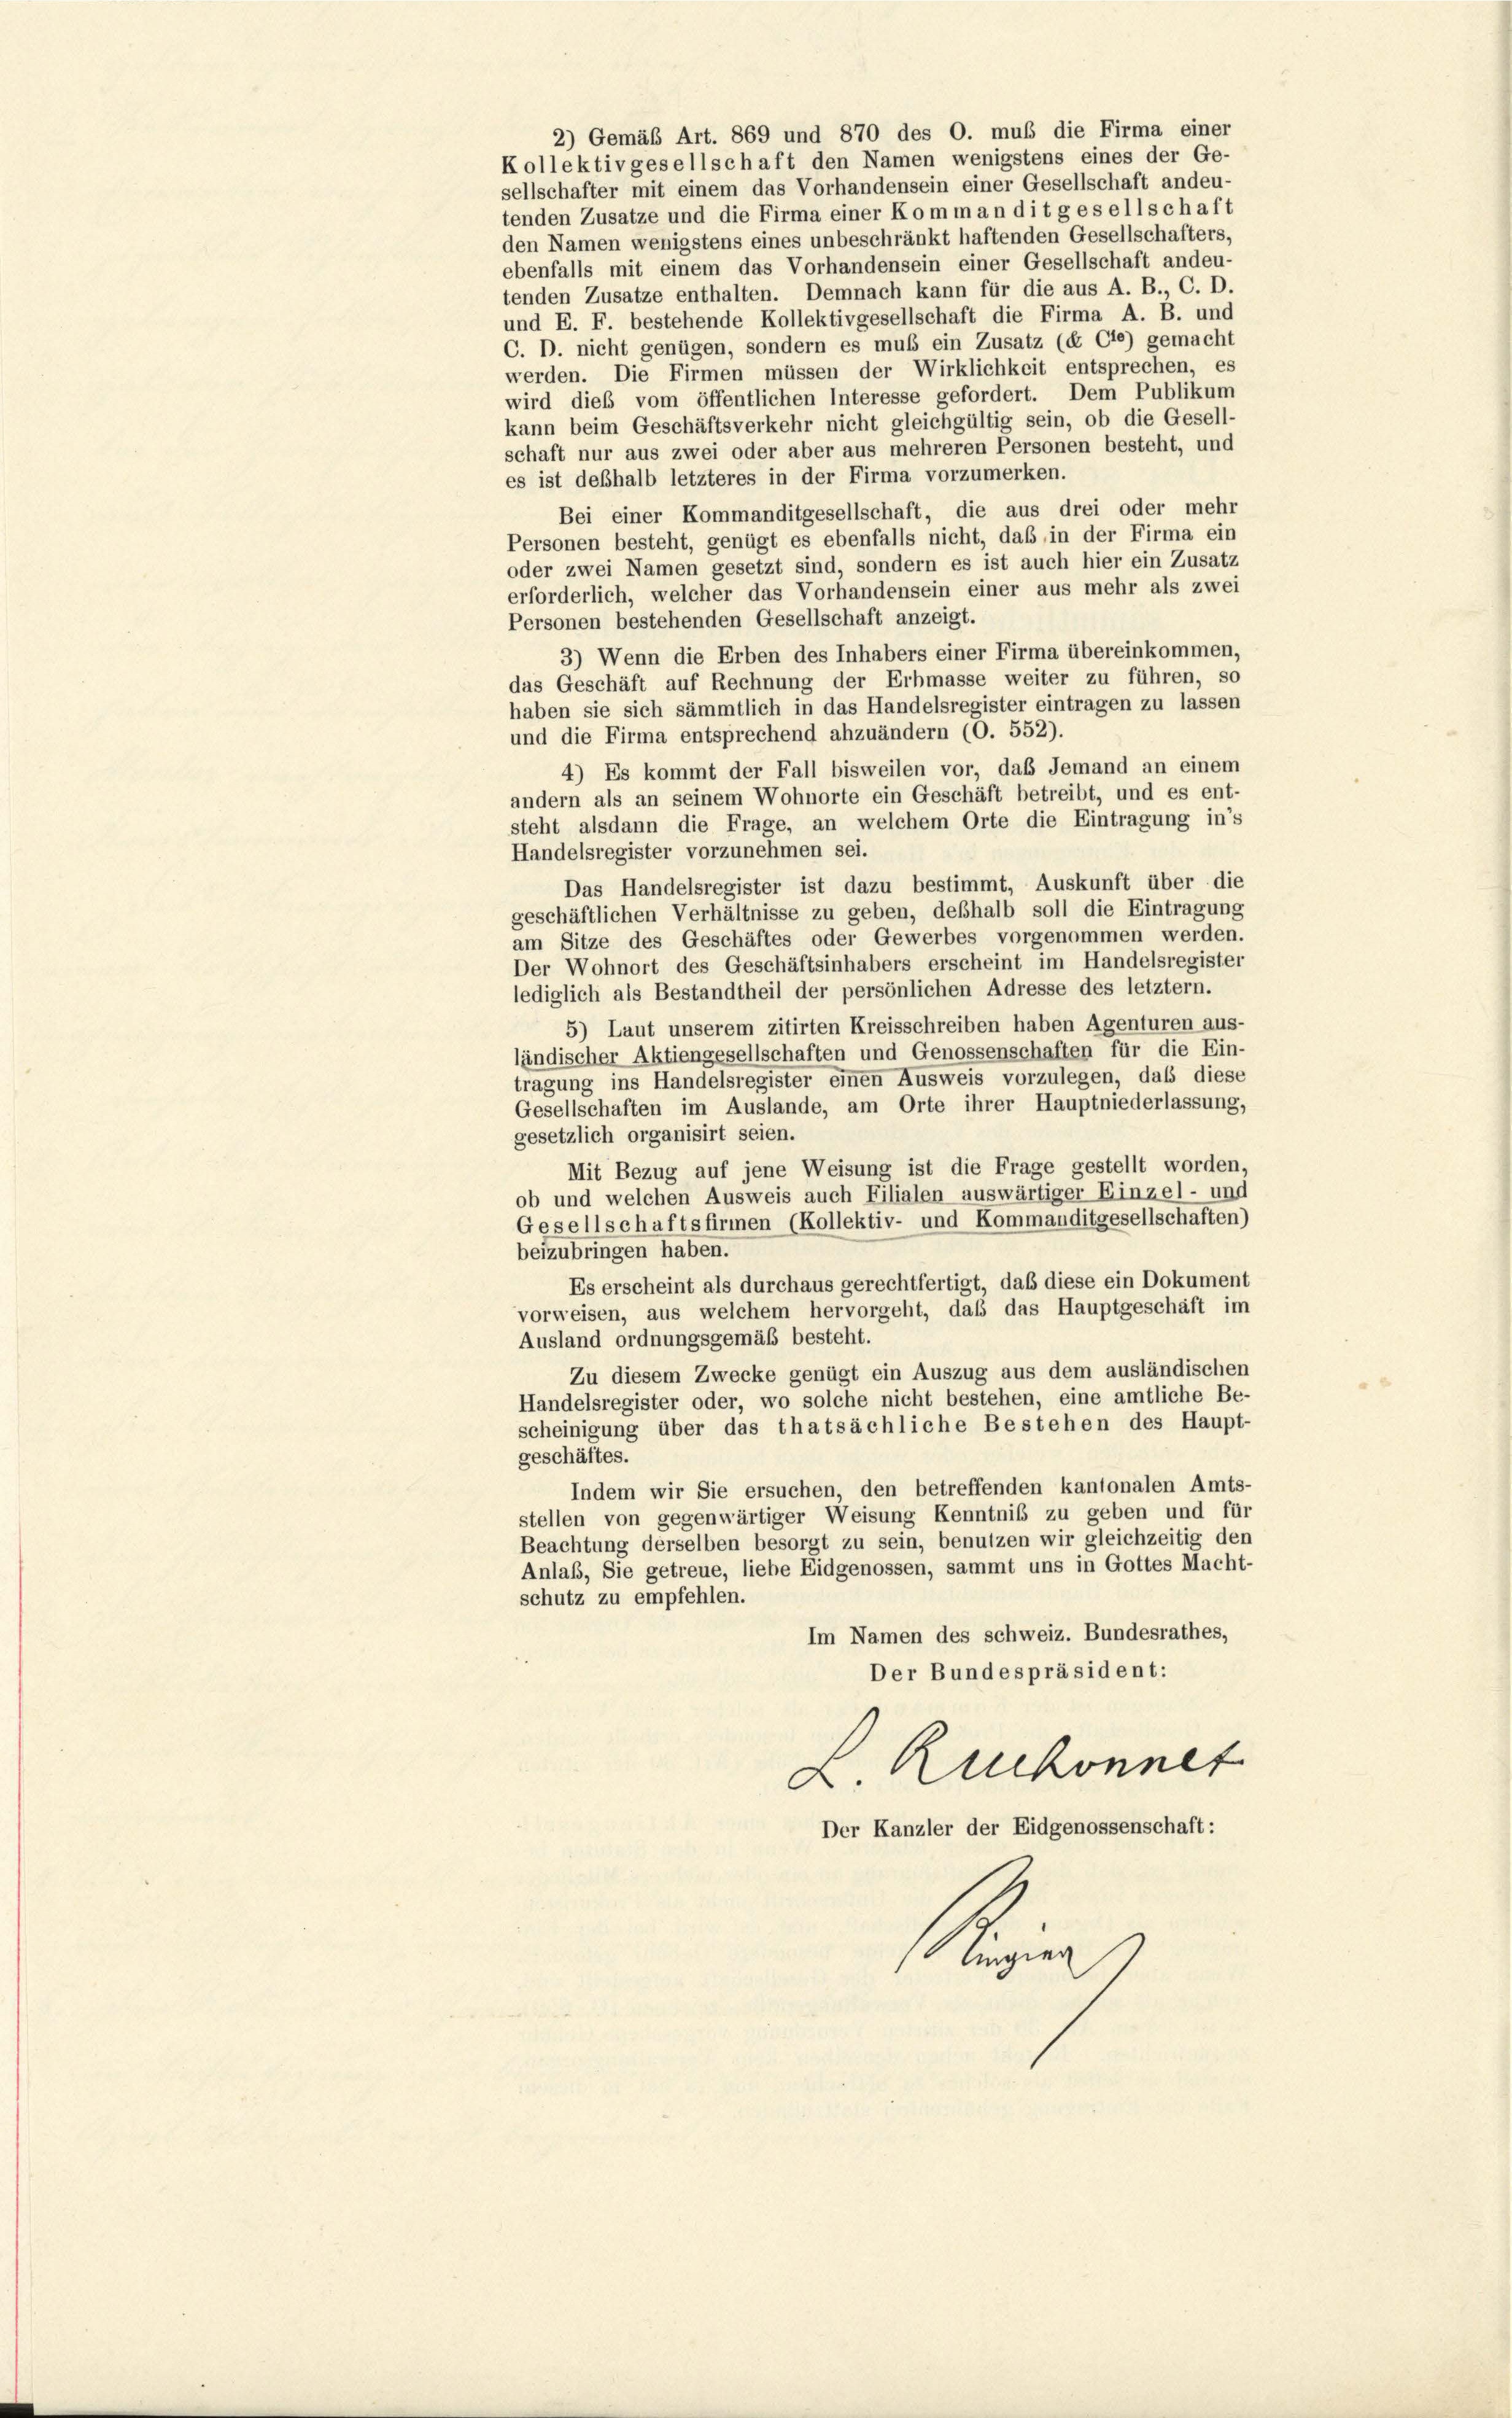
2) Gemäß Art. 869 und 870 des O. muß die Firma einer
Kollektivgesellschaft den Namen wenigstens eines der Ge-
sellschafter mit einem das Vorhandensein einer Gesellschaft andeu-
tenden Zusatze und die Firma einer Komm an dit gesellschaft
den Namen wenigstens eines unbeschränkt haftenden Gesellschafters,
ebenfalls mit einem das Vorhandensein einer Gesellschaft andeu-
tenden Zusatze enthalten. Demnach kann für die aus A. B., C. D.
und E. F. bestehende Kollektivgesellschaft die Firma A. B. und
C. D. nicht genügen, sondern es muß ein Zusatz (§ Gie) gemacht
werden. Die Firmen müssen der Wirklichkeit entsprechen, es
wird dieß vom öffentlichen Interesse gefordert. Dem Publikum
kann beim Geschäftsverkehr nicht gleichgültig sein, ob die Gesell-
schaft nur aus zwei oder aber aus mehreren Personen besteht, und
es ist deßhalb letzteres in der Firma vorzumerken.
Bei einer Kommanditgesellschaft, die aus drei oder mehr
Personen besteht, genügt es ebenfalls nicht, daß in der Firma ein
oder zwei Namen gesetzt sind, sondern es ist auch hier ein Zusatz
erforderlich, welcher das Vorhandensein einer aus mehr als zwei
Personen bestehenden Gesellschaft anzeigt.
3) Wenn die Erben des Inhabers einer Firma übereinkommen,
das Geschäft auf Rechnung der Erbmasse weiter zu führen, so
haben sie sich sämmtlich in das Handelsregister eintragen zu lassen
und die Firma entsprechend abzuändern (O. 552).
4) Es kommt der Fall bisweilen vor, daß Jemand an einem
andern als an seinem Wohnorte ein Geschäft betreibt, und es ent-
steht alsdann die Frage, an welchem Orte die Eintragung in’s
Handelsregister vorzunehmen sei.
Das Handelsregister ist dazu bestimmt, Auskunft über die
geschäftlichen Verhältnisse zu geben, deßhalb soll die Eintragung
am Sitze des Geschäftes oder Gewerbes vorgenommen werden.
Der Wohnort des Geschäftsinhabers erscheint im Handelsregister
lediglich als Bestandtheil der persönlichen Adresse des letztem.
5) Laut unserem zitirten Kreisschreiben haben Agenturen aus-
ländischer Aktiengesellschaften und Genossenschaften für die Ein-
tragung ins Handelsregister einen Ausweis vorzulegen, daß diese
Gesellschaften im Auslande, am Orte ihrer Hauptniederlassung,
gesetzlich organisirt seien.
Mit Bezug auf jene Weisung ist die Frage gestellt worden.
ob und welchen Ausweis auch Filialen auswärtiger Einzel- und
Gesellschaftsfirmen (Kollektiv- und Kommanditgesellschaften)
beizubringen haben.
Es erscheint als durchaus gerechtfertigt, daß diese ein Dokument
vorweisen, aus welchem hervorgeht, daß das Hauptgeschäft im
Ausland ordnungsgemäß besteht.
Zu diesem Zwecke genügt ein Auszug aus dem ausländischen
Handelsregister oder, wo solche nicht bestehen, eine amtliche Be-
scheinigung über das thatsächliche Bestehen des Haupt-
geschäftes.
Indem wir Sie ersuchen, den betreffenden kantonalen Amts-
stellen von gegenwärtiger Weisung Kenntniß zu geben und für
Beachtung derselben besorgt zu sein, benutzen wir gleichzeitig den
Anlaß, Sie getreue, liebe Eidgenossen, sammt uns in Gottes Macht-
schutz zu empfehlen.
Im Namen des schweiz. Bundesrathes,
Der Bundespräsident:
L. Ruckonnet
Der Kanzler der Eidgenossenschaft:
Ungier